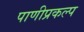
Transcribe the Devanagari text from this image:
पाणीप्रकल्प